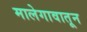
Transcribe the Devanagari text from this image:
मालेगावातून